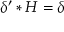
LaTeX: \delta ^ { \prime } \ast H = \delta